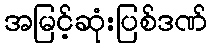
အမြင့်ဆုံးပြစ်ဒဏ်